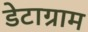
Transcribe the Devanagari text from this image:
डेटाग्राम